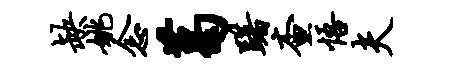
缺姚念葛躇查悟夫